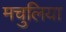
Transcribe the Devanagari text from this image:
मचुलिया